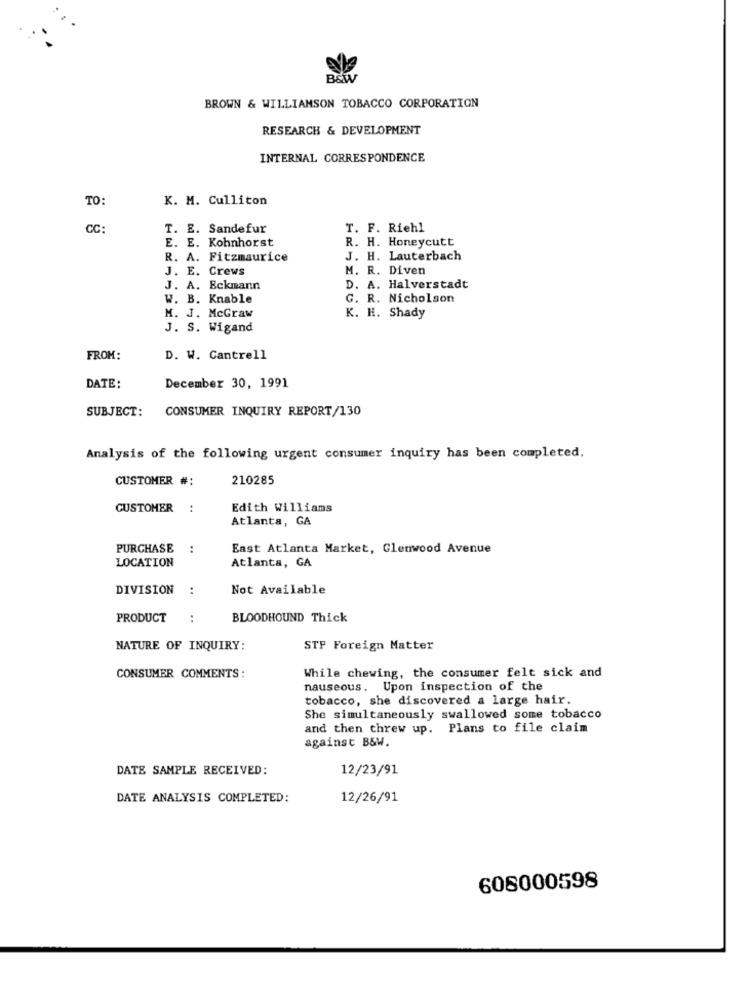
B&W
BROWN & WILLIAMSON TOBACCO CORPORATION
RESEARCH & DEVELOPMENT
INTERNAL CORRESPONDENCE
TO:
K. M. Culliton
CC:
T. E. Sandefur
T. F. Riehl
E. E. Kohnhorst
R. H. Honeycutt
R. A. Fitzmaurice
J. H. Lauterbach
J. E. Crews
M. R. Diven
J. A. Eckmann
D. A. Halverstadt
W. B. Knable
G. R. Nicholson
M. J. McGraw
K. H. Shady
J. S. Wigand
FROM:
D. W. Cantrell
DATE:
December 30, 1991
SUBJECT:
CONSUMER INQUIRY REPORT/130
Analysis of the following urgent consumer inquiry has been completed.
CUSTOMER #:
210285
CUSTOMER
..
Edith Williams
Atlanta, GA
PURCHASE
:
East Atlanta Market, Glenwood Avenue
LOCATION
Atlanta, GA
DIVISION
:
Not Available
PRODUCT
:
BLOODHOUND Thick
NATURE OF INQUIRY:
STP Foreign Matter
CONSUMER COMMENTS :
While chewing, the consumer felt sick and
nauseous. Upon inspection of the
tobacco, she discovered a large hair.
She simultaneously swallowed some tobacco
and then threw up. Plans to file claim
against B&W.
DATE SAMPLE RECEIVED:
12/23/91
DATE ANALYSIS COMPLETED:
12/26/91
608000598